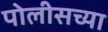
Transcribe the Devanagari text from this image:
पोलीसच्या